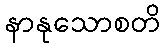
နာနုသောစတိ